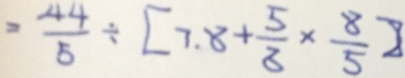
= \frac { 4 4 } { 5 } \div [ 7 . 8 + \frac { 5 } { 8 } \times \frac { 8 } { 5 } ]